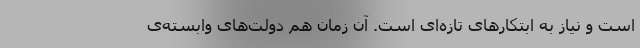
است و نیاز به ابتکارهای تازه‌ای است. آن زمان هم دولت‌های وابسته‌ی